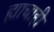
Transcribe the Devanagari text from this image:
ह्याचाही